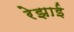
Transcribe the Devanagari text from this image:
रेझाई